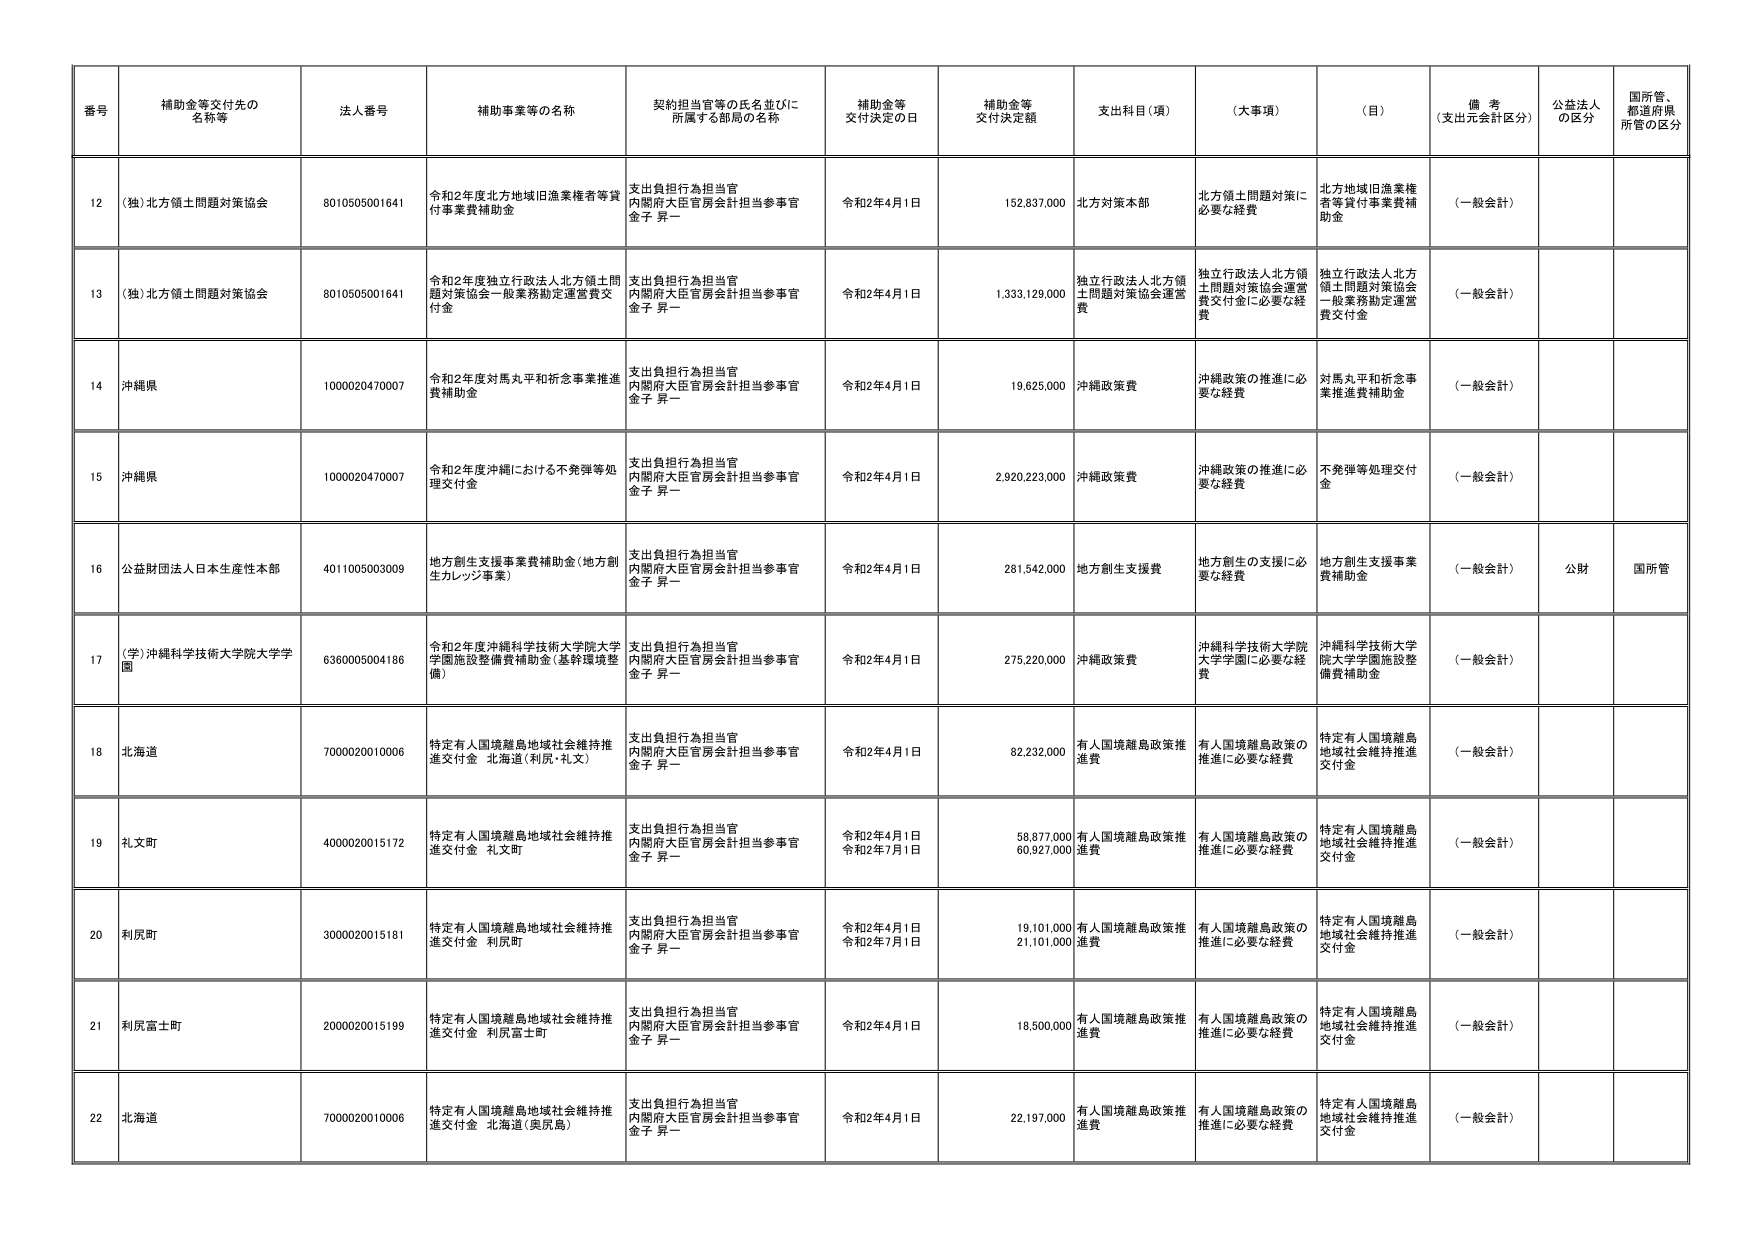
番号 補助金等交付先の名称等 法人番号 補助事業等の名称 契約担当官等の氏名並びに所属する部局の名称 補助金等交付決定の日 補助金等交付決定額 支出科目（項） （大事項） （目） 備考（支出元会計区分） 公益法人の区分 国所管、都道府県所管の区分

12 （独）北方領土問題対策協会 8010505001641 令和2年度北方地域旧漁業権者等貸付事業費補助金 支出負担行為担当官 内閣府大臣官房会計担当参事官 金子 昇一 令和2年4月1日 152,837,000 北方対策本部 北方領土問題対策に必要な経費 北方地域旧漁業権者等貸付事業費補助金 （一般会計）

13 （独）北方領土問題対策協会 8010505001641 令和2年度独立行政法人北方領土問題対策協会一般業務勘定運営費交付金 支出負担行為担当官 内閣府大臣官房会計担当参事官 金子 昇一 令和2年4月1日 1,333,129,000 独立行政法人北方領土問題対策協会運営費 独立行政法人北方領土問題対策協会運営費交付金に必要な経費 独立行政法人北方領土問題対策協会一般業務勘定運営費交付金 （一般会計）

14 沖縄県 1000020470007 令和2年度対馬丸平和祈念事業推進費補助金 支出負担行為担当官 内閣府大臣官房会計担当参事官 金子 昇一 令和2年4月1日 19,625,000 沖縄政策費 沖縄政策の推進に必要な経費 対馬丸平和祈念事業推進費補助金 （一般会計）

15 沖縄県 1000020470007 令和2年度沖縄における不発弾等処理交付金 支出負担行為担当官 内閣府大臣官房会計担当参事官 金子 昇一 令和2年4月1日 2,920,223,000 沖縄政策費 沖縄政策の推進に必要な経費 不発弾等処理交付金 （一般会計）

16 公益財団法人日本生産性本部 4011005003009 地方創生支援事業費補助金（地方創生カレッジ事業） 支出負担行為担当官 内閣府大臣官房会計担当参事官 金子 昇一 令和2年4月1日 281,542,000 地方創生支援費 地方創生の支援に必要な経費 地方創生支援事業費補助金 （一般会計） 公財 国所管

17 （学）沖縄科学技術大学院大学学園 6360005004186 令和2年度沖縄科学技術大学院大学学園施設整備費補助金（基幹環境整備） 支出負担行為担当官 内閣府大臣官房会計担当参事官 金子 昇一 令和2年4月1日 275,220,000 沖縄政策費 沖縄科学技術大学院大学学園に必要な経費 沖縄科学技術大学院大学学園施設整備費補助金 （一般会計）

18 北海道 7000020010006 特定有人国境離島地域社会維持推進交付金 北海道（利尻・礼文） 支出負担行為担当官 内閣府大臣官房会計担当参事官 金子 昇一 令和2年4月1日 82,232,000 有人国境離島政策推進費 有人国境離島政策の推進に必要な経費 特定有人国境離島地域社会維持推進交付金 （一般会計）

19 礼文町 4000020015172 特定有人国境離島地域社会維持推進交付金 礼文町 支出負担行為担当官 内閣府大臣官房会計担当参事官 金子 昇一 令和2年4月1日 58,877,000 令和2年7月1日 60,927,000 有人国境離島政策推進費 有人国境離島政策の推進に必要な経費 特定有人国境離島地域社会維持推進交付金 （一般会計）

20 利尻町 3000020015181 特定有人国境離島地域社会維持推進交付金 利尻町 支出負担行為担当官 内閣府大臣官房会計担当参事官 金子 昇一 令和2年4月1日 19,101,000 令和2年7月1日 21,101,000 有人国境離島政策推進費 有人国境離島政策の推進に必要な経費 特定有人国境離島地域社会維持推進交付金 （一般会計）

21 利尻富士町 2000020015199 特定有人国境離島地域社会維持推進交付金 利尻富士町 支出負担行為担当官 内閣府大臣官房会計担当参事官 金子 昇一 令和2年4月1日 18,500,000 有人国境離島政策推進費 有人国境離島政策の推進に必要な経費 特定有人国境離島地域社会維持推進交付金 （一般会計）

22 北海道 7000020010006 特定有人国境離島地域社会維持推進交付金 北海道（奥尻島） 支出負担行為担当官 内閣府大臣官房会計担当参事官 金子 昇一 令和2年4月1日 22,197,000 有人国境離島政策推進費 有人国境離島政策の推進に必要な経費 特定有人国境離島地域社会維持推進交付金 （一般会計）